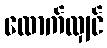
ထောက်လျှင်